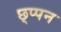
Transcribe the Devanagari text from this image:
छ्प्पन